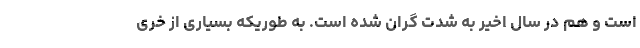
است و هم در سال اخیر به شدت گران شده است. به طوریکه بسیاری از خری